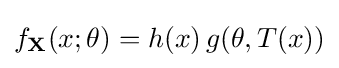
f_{\mathbf {X} }(x;\theta )=h(x)\,g(\theta ,T(x))